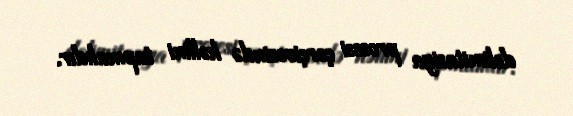
delimitasiya prosesi çərçivəsində həllini tapmalıdır.